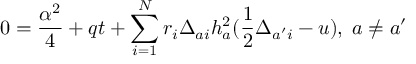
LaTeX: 0 = { \frac { \alpha ^ { 2 } } { 4 } } + q t + \sum _ { i = 1 } ^ { N } r _ { i } \Delta _ { a i } h _ { a } ^ { 2 } ( { \frac { 1 } { 2 } } \Delta _ { a ^ { \prime } i } - u ) , \; a \not = a ^ { \prime }